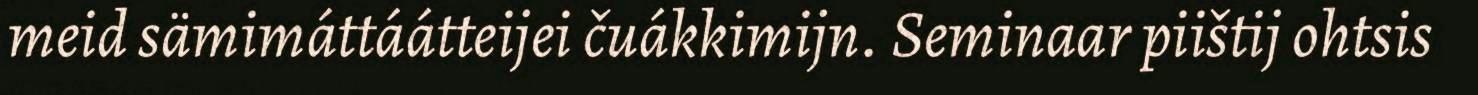
meid sämimáttáátteijei čuákkimijn. Seminaar piištij ohtsis